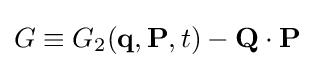
{\textstyle G\equiv G_{2}(\mathbf {q} ,\mathbf {P} ,t)-\mathbf {Q} \cdot \mathbf {P} }